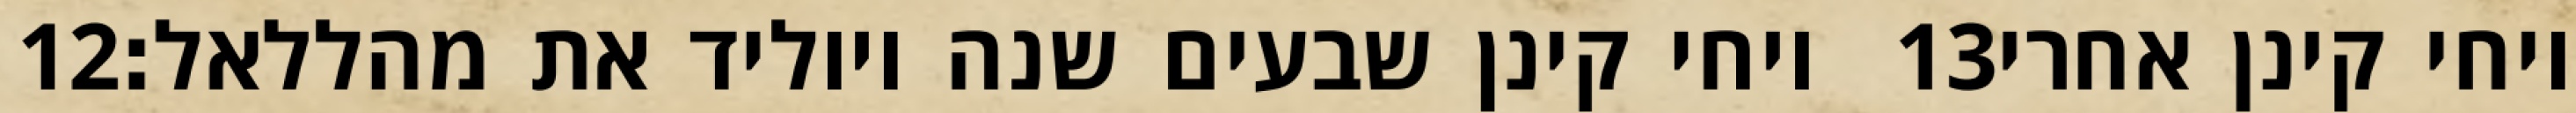
‎12‏ ויחי קינן שבעים שנה ויוליד את מהללאל׃ ‎13‏ ויחי קינן אחרי